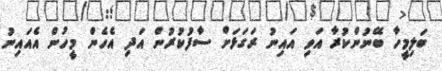
ބަލިމީހާ ބޭނުންކުރާ އަވި އައިނު ރަގަޅަށް ސާފުކުރުން އަދި އެހެން މީހުން އެއައިނު